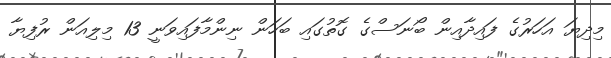
މިދިޔަ އަހަރުގެ ފައިދާއިން ބޯނަސްގެ ގޮތުގައި ބަހަން ނިންމާފައިވަނީ 13 މިލިއަން ރުފިޔާ